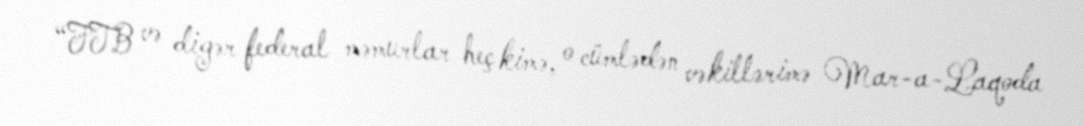
“FTB və digər federal məmurlar heç kimə, o cümlədən vəkillərimə Mar-a-Laqoda